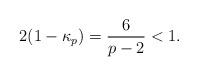
LaTeX: \begin{align*}2(1-\kappa_p)=\frac{6}{p-2}<1.\end{align*}